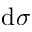
\mathrm { d } \sigma